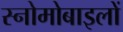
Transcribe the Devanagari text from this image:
स्नोमोबाइलों